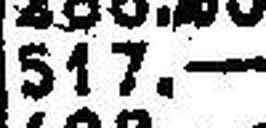
517.—